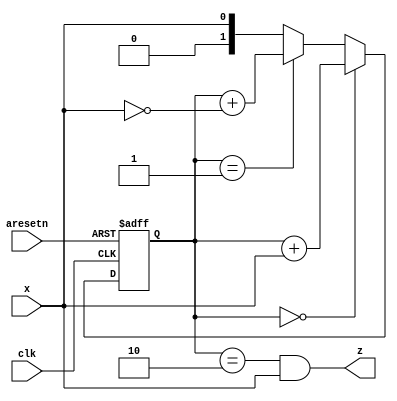
module top_module (
    input clk,
    input aresetn,    // Asynchronous active-low reset
    input x,
    output z ); 

    reg [1:0] cs, ns;

    always @(*) begin
      if (cs == 0)
        ns = cs + x;
      else if (cs == 1)
        ns = cs + (x == 0);
      else
        ns = x;
    end

    always @(posedge clk, negedge aresetn) begin
      if (~aresetn)
        cs <= 0;
      else
        cs <= ns;
    end

    assign z = cs == 2 && x;
endmodule